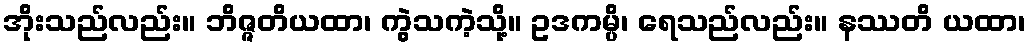
အိုးသည်လည်း။ ဘိဇ္ဇတိယထာ၊ ကွဲသကဲ့သို့။ ဥဒကမ္ပိ၊ ရေသည်လည်း။ နဿတိ ယထာ၊